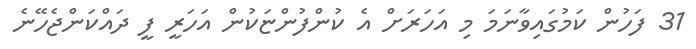
31 ފަހުން ކަމުގައިވާނަމަ މި އަހަރަށް އެ ކުންފުންޏަކުން އަހަރީ ފީ ދައްކަންޖެހޭނެ